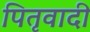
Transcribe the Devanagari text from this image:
पितृवादी